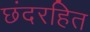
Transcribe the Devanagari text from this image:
छंदरहित